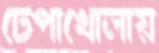
টেপাখোলায়